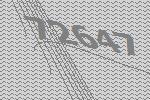
72647